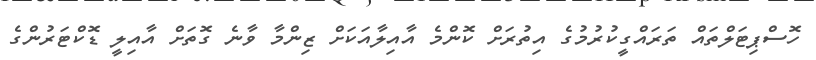
ހޮސްޕިޓަލްތައް ތަރައްގީކުރުމުގެ އިތުރަށް ކޮންމެ އާއިލާއަކަށް ޒިންމާ ވާނެ ގޮތަށް އާއިލީ ޑޮކްޓަރުންގެ